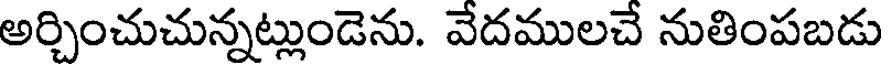
అర్చించుచున్నట్లుండెను. వేదములచే నుతింపబడు